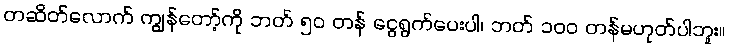
တဆိတ်လောက် ကျွန်တော့်ကို ဘတ် ၅၀ တန် ငွေရွက်ပေးပါ၊ ဘတ် ၁၀၀ တန်မဟုတ်ပါဘူး။